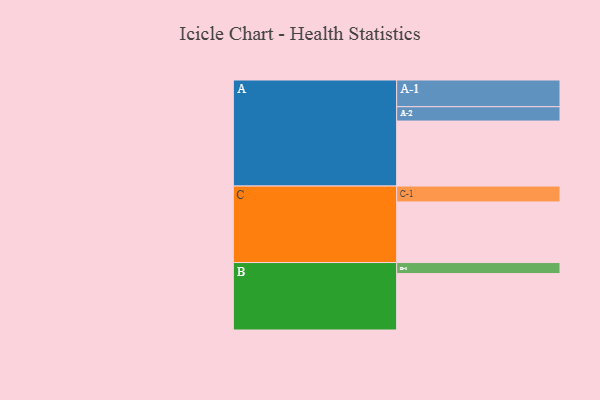
{"axis": {"x": "Segment", "y": "Value"}, "legend": ["", "A", "B", "C"], "data": [{"x": "A", "y": 589, "type": ""}, {"x": "B", "y": 511, "type": ""}, {"x": "C", "y": 549, "type": ""}, {"x": "A-1", "y": 242, "type": "A"}, {"x": "A-2", "y": 130, "type": "A"}, {"x": "B-1", "y": 100, "type": "B"}, {"x": "C-1", "y": 144, "type": "C"}]}